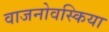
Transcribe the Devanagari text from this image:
वाजनोवस्किया